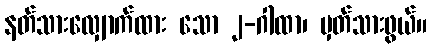
နတ်သားလျှောက်ထား သော ၂-ဂါထာ၊ မှတ်သားဖွယ်။